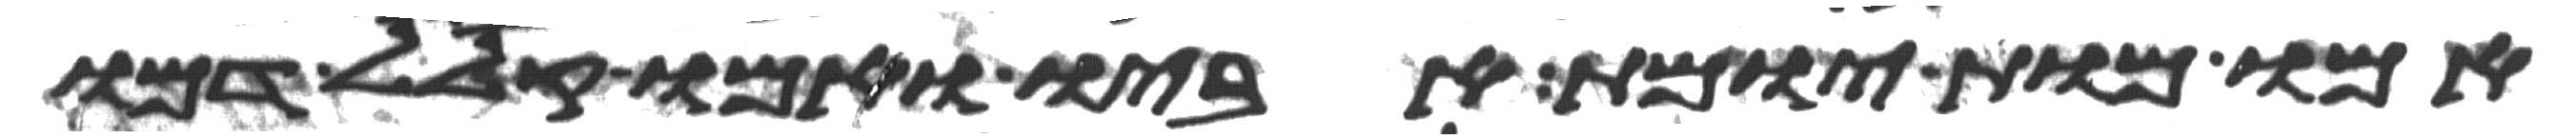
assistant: אמו מות יומת אביו ואמו קלל דמו